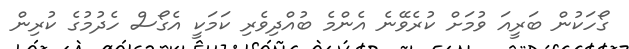
ގޯހަކުން ބަރީއަ ވުމަށް ކުރެވޭނެ އެންމެ ބުއްދިވެރި ކަމަކީ އެގޯސް ހެދުމުގެ ކުރިން